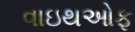
વાઇથઓફ